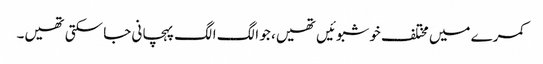
کمرے میں مختلف خوشبوئیں تھیں، جو الگ الگ پہچانی جا سکتی تھیں۔